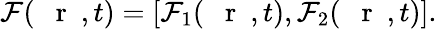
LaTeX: {\cal F}(\mathrm{~{~\mathbf~r~}~},t)=[{\cal F}_{1}(\mathrm{~{~\mathbf~r~}~},t),{\cal F}_{2}(\mathrm{~{~\mathbf~r~}~},t)].